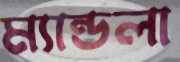
ম্যান্ডলা